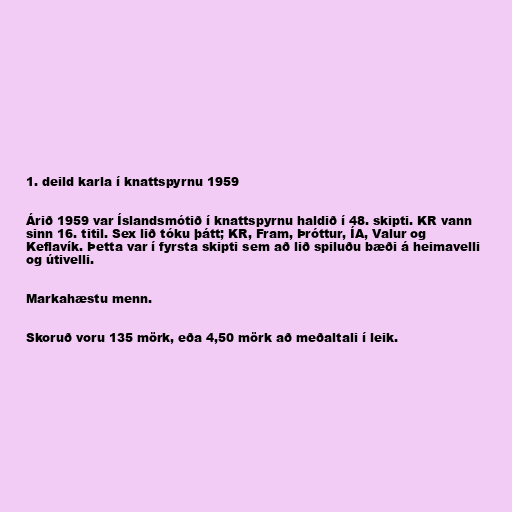
1. deild karla í knattspyrnu 1959

Árið 1959 var Íslandsmótið í knattspyrnu haldið í 48. skipti. KR vann
sinn 16. titil. Sex lið tóku þátt; KR, Fram, Þróttur, ÍA, Valur og
Keflavík. Þetta var í fyrsta skipti sem að lið spiluðu bæði á heimavelli
og útivelli.

Markahæstu menn.

Skoruð voru 135 mörk, eða 4,50 mörk að meðaltali í leik.